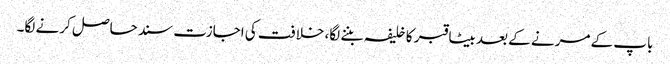
باپ کے مرنے کے بعد بیٹا قبر کا خلیفہ بننے لگا، خلافت کی اجازت سند حاصل کرنے لگا۔